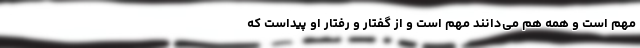
مهم است و همه هم می‌دانند مهم است و از گفتار و رفتار او پیداست که